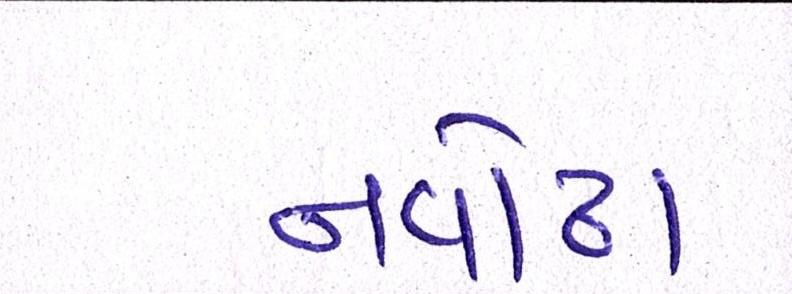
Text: નવોઢા